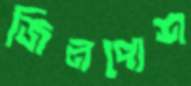
জিনপোশ